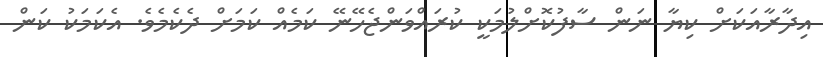
އިދާރާއަކަށް ކިޔާ ނަން ސާފުކޮށްލުމަކީ ކުރައްވަންޖެހޭނޭ ކަމެއް ކަމަށް ދެކެމެވެ. އެކަމަކު ކަން